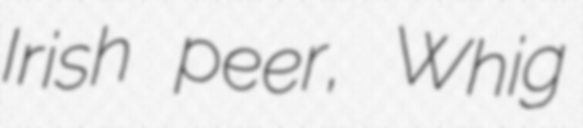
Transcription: Irish peer, Whig